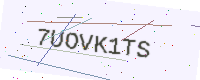
Text: 7UOVK1TS